Vaccination North-Western Provinces 1866-1877 - 1866-1877
Year: 1866
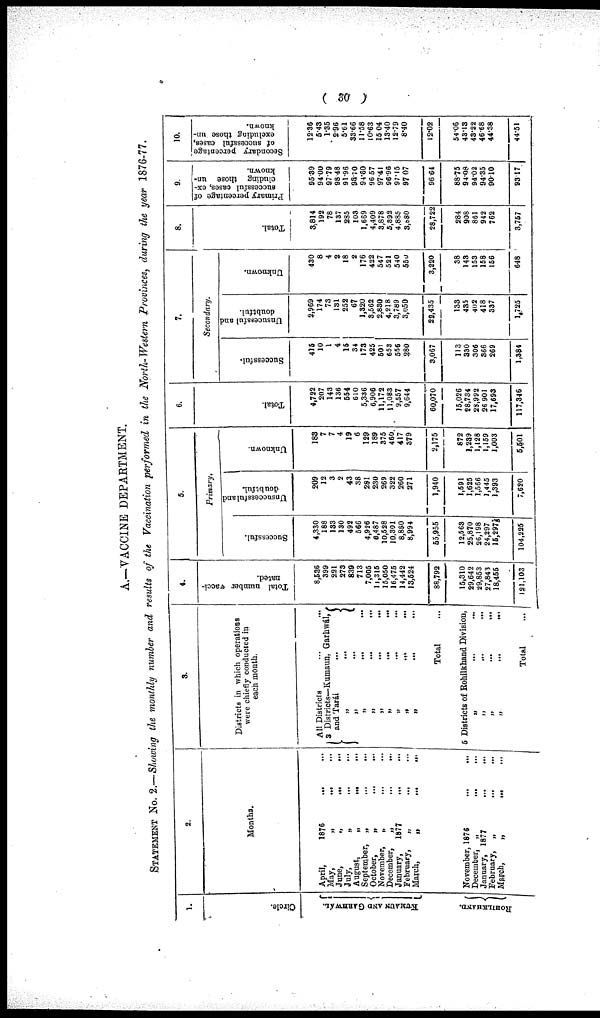
( 30 )
A.—VACCINE DEPARTMENT.
STATEMENT No. 2.—Showing the monthly number and results of the Vaccination performed in the North-Western Provinces, during the year 1876-77.
1.
Circle.
KUMAUN AND GARHWAL .
ROHILKHAND.
2.
Months.
April,
May,
June,
July,
August,
September,
October,
November,
December,
January,
February,
March,
November,
December,
January,
February,
March,
1876
... ...
„ ... ...
„ ... ...
„ ... ...
„ ... ...
„ ... ...
„ ... ...
„ ... ...
„ ... ...
1877
...
...
„ ... ...
„ ... ...
1876
...
...
„ ... ...
1877
„ ... ...
„ ... ...
3.
Districts in which operations
were chiefly conducted in
each month.
All Districts ... ...
3 Districts—Kumaun, Garhwál,
and Tarái
...
„ ... ...
„ ... ...
„ ... ...
„ ... ...
„ ... ...
„ ... ...
„ ... ...
„ ... ...
„ ... ...
Total ...
5 Districts of Rohilkhand Division,
„ ... ...
„ ... ...
„ ... ...
„ ... ...
Total ...
4.
Total number vacci-
nated.
8,536
399
221
273
839
713
7,005
11,315
15,050
16,475
14,442
13,524
88,792
15,310
29,642
29,853
27,843
18,455
121,103
5.
Primary.
Successful.
4,330
188
133
130
492
566
4,926
6,487
10,528
10,301
8,880
8,994
55,955
12,563
25,870
26,198
24,297
15,297
104,225
Unsuccessful and
doubtful.
209
12
3
2
43
38
281
230
269
322
260
271
1,940
1,591
1,625
1,566
1,445
1,393
7,620
Unknown.
183
7
7
4
19
6
129
189
375
460
417
379
2,175
872
1,239
1,128
1,159
1,003
5,501
6.
Tot al .
4,722
207
143
136
554
610
5,336
6,906
11,172
11,083
9,557
9,644
60,070
15,026
28,734
23,992
26,901
17,693
117,346
7.
Secondary.
Successful.
415
10
1
4
15
34
173
425
501
653
556
280
3,067
113
330
306
366
269
1,384
Unsucessful and
doubtful.
2,969
174
73
131
252
67
1,320
3,562
2,830
4,218
3,789
3,050
22,435
133
435
402
418
337
1,725
Unknown.
430
8
4
2
18
2
176
422
547
521
540
550
3,220
38
143
153
158
156
648
8.
Total.
3,814
192
78
137
285
103
1,669
4,409
3,878
5,392
4,885
3,880
28,722
284
908
861
942
762
3,757
9.
Primary percentage of
successful cases, ex-
cluding those un-
known.
95.39
94.00
97.79
98.48
91.96
93.10
94.60
96.57
97.41
96.96
97.15
97.07
96.64
88.76
94.08
94.02
94.35
90.10
93.17
10.
Secondary percentage
of successful cases,
excluding those un-
known.
12.36
5.43
1.35
2.96
5.61
33.66
11.58
10.63
15.04
13.40
12.79
8.40
12.02
54.06
43.13
43.22
46.68
44.38
44.51